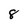
Character: 8